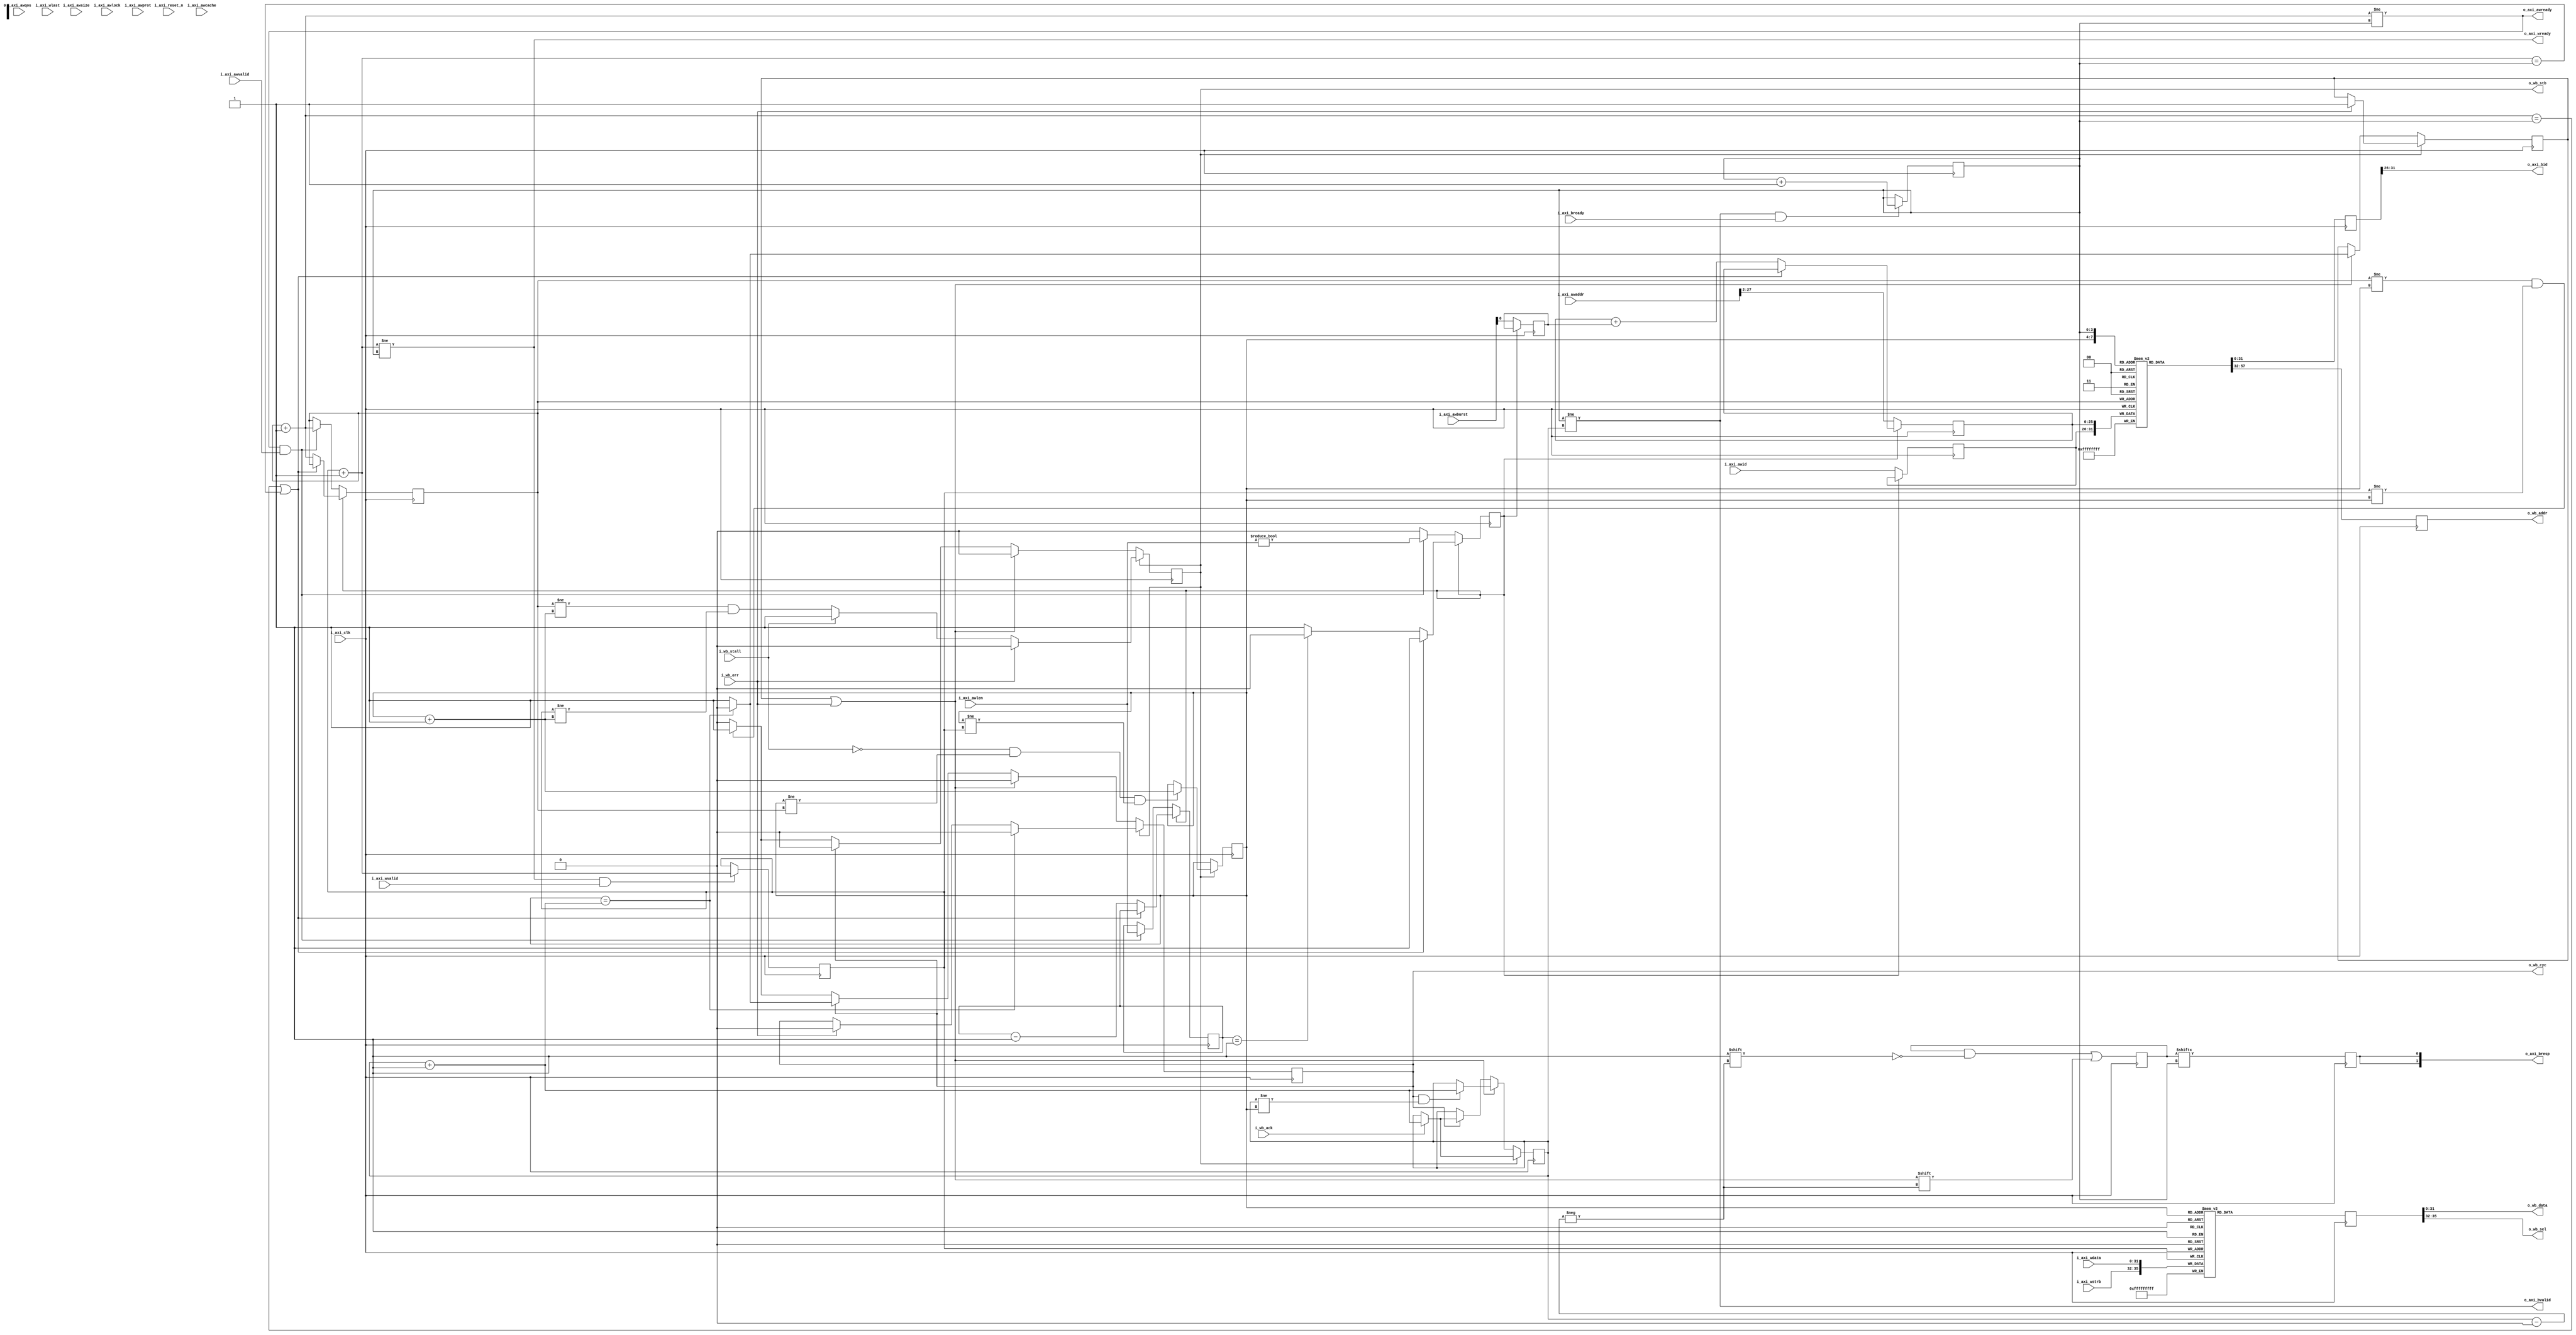
//`error This full featured AXI to WB converter does not (yet) work
////////////////////////////////////////////////////////////////////////////////
//
//
// Project:	Pipelined Wishbone to AXI converter
//
// Purpose:	Convert the three AXI4 write channels to a single wishbone
//		channel to write the results.
//
//	Still need to implement the lock feature.
//
	// We're going to need to keep track of transaction bursts in progress,
	// since the wishbone doesn't.  For this, we'll use a FIFO, but with
	// multiple pointers:
	//
	//	fifo_ahead	- pointer to where to write the next incoming
	//				bus request .. adjusted when
	//				(o_axi_awready)&&(i_axi_awvalid)
	//	fifo_neck	- pointer to where to read from the FIFO in
	//				order to issue another request.  Used
	//				when (o_wb_stb)&&(!i_wb_stall)
	//	fifo_torso	- pointer to where to write a wishbone
	//				transaction upon return.
	//				when (i_ack)
	//	fifo_tail	- pointer to where the last transaction is to
	//				be retired when
	//					(i_axi_rvalid)&&(i_axi_rready)
	//
	// All of these are to be set to zero upon a reset signal.
	//
//
// Creator:	Dan Gisselquist, Ph.D.
//		Gisselquist Technology, LLC
//
////////////////////////////////////////////////////////////////////////////////
//
// Copyright (C) 2015-2019, Gisselquist Technology, LLC
//
// This file is part of the pipelined Wishbone to AXI converter project, a
// project that contains multiple bus bridging designs and formal bus property
// sets.
//
// The bus bridge designs and property sets are free RTL designs: you can
// redistribute them and/or modify any of them under the terms of the GNU
// Lesser General Public License as published by the Free Software Foundation,
// either version 3 of the License, or (at your option) any later version.
//
// The bus bridge designs and property sets are distributed in the hope that
// they will be useful, but WITHOUT ANY WARRANTY; without even the implied
// warranty of MERCHANTIBILITY or FITNESS FOR A PARTICULAR PURPOSE.  See the
// GNU Lesser General Public License for more details.
//
// You should have received a copy of the GNU Lesser General Public License
// along with these designs.  (It's in the $(ROOT)/doc directory.  Run make
// with no target there if the PDF file isn't present.)  If not, see
// <http://www.gnu.org/licenses/> for a copy.
//
// License:	LGPL, v3, as defined and found on www.gnu.org,
//		http://www.gnu.org/licenses/lgpl.html
//
////////////////////////////////////////////////////////////////////////////////
//
//
`default_nettype	none
//
//
module aximwr2wbsp #(
	parameter C_AXI_ID_WIDTH	= 6, // The AXI id width used for R&W
                                             // This is an int between 1-16
	parameter C_AXI_DATA_WIDTH	= 32,// Width of the AXI R&W data
	parameter C_AXI_ADDR_WIDTH	= 28,	// AXI Address width
	parameter AW			= 26,
	parameter LGFIFO                =  4
	) (
	input	wire			i_axi_clk,	// System clock
	input	wire			i_axi_reset_n,

// AXI write address channel signals
	output	wire			o_axi_awready, // Slave is ready to accept
	input	wire	[C_AXI_ID_WIDTH-1:0]	i_axi_awid,	// Write ID
	input	wire	[C_AXI_ADDR_WIDTH-1:0]	i_axi_awaddr,	// Write address
	input	wire	[7:0]		i_axi_awlen,	// Write Burst Length
	input	wire	[2:0]		i_axi_awsize,	// Write Burst size
	input	wire	[1:0]		i_axi_awburst,	// Write Burst type
	input	wire	[0:0]		i_axi_awlock,	// Write lock type
	input	wire	[3:0]		i_axi_awcache,	// Write Cache type
	input	wire	[2:0]		i_axi_awprot,	// Write Protection type
	input	wire	[3:0]		i_axi_awqos,	// Write Quality of Svc
	input	wire			i_axi_awvalid,	// Write address valid
  
// AXI write data channel signals
	output	wire			o_axi_wready,  // Write data ready
	input	wire	[C_AXI_DATA_WIDTH-1:0]	i_axi_wdata,	// Write data
	input	wire	[C_AXI_DATA_WIDTH/8-1:0] i_axi_wstrb,	// Write strobes
	input	wire			i_axi_wlast,	// Last write transaction   
	input	wire			i_axi_wvalid,	// Write valid
  
// AXI write response channel signals
	output	wire [C_AXI_ID_WIDTH-1:0] o_axi_bid,	// Response ID
	output	wire [1:0]		o_axi_bresp,	// Write response
	output	wire			o_axi_bvalid,  // Write reponse valid
	input	wire			i_axi_bready,  // Response ready
  
	// We'll share the clock and the reset
	output	reg			o_wb_cyc,
	output	reg			o_wb_stb,
	output	wire [(AW-1):0]		o_wb_addr,
	output	wire [(C_AXI_DATA_WIDTH-1):0]	o_wb_data,
	output	wire [(C_AXI_DATA_WIDTH/8-1):0]	o_wb_sel,
	input	wire			i_wb_ack,
	input	wire			i_wb_stall,
	// input	[(C_AXI_DATA_WIDTH-1):0]	i_wb_data,
	input	wire			i_wb_err
`ifdef	FORMAL
	,
	output	wire	[LGFIFO-1:0]	f_fifo_ahead,
	output	wire	[LGFIFO-1:0]	f_fifo_dhead,
	output	wire	[LGFIFO-1:0]	f_fifo_neck,
	output	wire	[LGFIFO-1:0]	f_fifo_torso,
	output	wire	[LGFIFO-1:0]	f_fifo_tail
`endif
);

	localparam	DW = C_AXI_DATA_WIDTH;

	wire	w_reset = 1'b0;
	//assign  i_axi_reset_n = 1'b0;
	//assign	w_reset = 1'b0;

	//
	//
	//
	reg	[LGFIFO-1:0]	fifo_ahead, fifo_dhead, fifo_neck, fifo_torso,
				fifo_tail;
	wire	[LGFIFO-1:0]	next_ahead, next_dhead, next_neck, next_torso,
				next_tail;
	assign	next_ahead = fifo_ahead + 1;
	assign	next_dhead = fifo_dhead + 1;
	assign	next_neck  = fifo_neck  + 1;
	assign	next_torso = fifo_torso + 1;
	assign	next_tail  = fifo_tail  + 1;

	reg	[(C_AXI_ID_WIDTH+AW)-1:0]	afifo	[0:((1<<(LGFIFO))-1)];
	reg	[(DW + DW/8)-1:0]		dfifo	[0:((1<<(LGFIFO))-1)];
	reg	[((1<<(LGFIFO))-1):0]		efifo;

	reg	[(C_AXI_ID_WIDTH+AW)-1:0]	afifo_at_neck, afifo_at_tail;
	reg	[(DW + DW/8)-1:0]		dfifo_at_neck;
	reg					efifo_at_tail;

	reg	filling_fifo, incr;
	reg	[7:0]	len;
	reg	[(AW-1):0]	wr_fifo_addr;
	reg	[(C_AXI_ID_WIDTH-1):0]	wr_fifo_id;

	wire	axi_aw_req, axi_wr_req, axi_wr_ack;
	assign	axi_aw_req = (o_axi_awready)&&(i_axi_awvalid);
	assign	axi_wr_req = (o_axi_wready)&&(i_axi_wvalid);
	assign	axi_wr_ack = (o_axi_bvalid)&&(i_axi_bready);

	wire	fifo_full;
	assign	fifo_full = (next_ahead == fifo_tail)||(next_dhead ==fifo_tail);

	initial	fifo_ahead = 0;
	initial	fifo_dhead = 0;
	always @(posedge i_axi_clk)
	begin
		if (filling_fifo)
		begin
			if (!fifo_full)
			begin
				len <= len - 1;
				if (len == 1)
					filling_fifo <= 1'b0;
				fifo_ahead <= next_ahead;
				wr_fifo_addr <= wr_fifo_addr
					+ {{(AW-1){1'b0}},incr};
			end
		end else begin
			wr_fifo_addr <= i_axi_awaddr[(C_AXI_ADDR_WIDTH-1):(C_AXI_ADDR_WIDTH-AW)];
			wr_fifo_id   <= i_axi_awid;
			incr         <= i_axi_awburst[0];
			if (axi_aw_req)
			begin
				fifo_ahead <= next_ahead;
				len <= i_axi_awlen;
				filling_fifo <= (i_axi_awlen != 0);
			end
		end

		if (w_reset)
		begin
			fifo_ahead <= 0;
			len <= 0;
			filling_fifo <= 0;
		end
	end

	always @(posedge i_axi_clk)
		afifo[fifo_ahead] <= { wr_fifo_id, wr_fifo_addr };

	initial	fifo_dhead = 0;
	always @(posedge i_axi_clk)
		if (w_reset)
			fifo_dhead <= 0;
		else if (axi_wr_req)
			fifo_dhead <= next_dhead;

	always @(posedge i_axi_clk)
		dfifo[fifo_dhead] <= { i_axi_wstrb, i_axi_wdata };


	reg	err_state;

	initial	o_wb_cyc   = 0;
	initial o_wb_stb   = 0;
	initial fifo_neck  = 0;
	initial fifo_torso = 0;
	initial err_state  = 0;
	always @(posedge i_axi_clk)
	begin
		if (w_reset)
		begin
			o_wb_cyc <= 0;
			o_wb_stb <= 0;

			fifo_neck <= 0;
			fifo_torso <= 0;

			err_state <= 0;
		end else if (o_wb_stb)
		begin
			if (i_wb_err)
			begin
				o_wb_cyc <= 1'b0;
				o_wb_stb <= 1'b0;
				err_state <= 1'b1;
			end else if (!i_wb_stall)
				o_wb_stb <= (fifo_ahead != next_neck)
					&&(fifo_dhead != next_neck);

			if ((!i_wb_stall)&&(fifo_neck != fifo_ahead)&&(fifo_neck != fifo_dhead))
				fifo_neck <= next_neck;

			if (i_wb_ack)
				fifo_torso <= next_torso;

			if (fifo_neck == next_torso)
				o_wb_cyc <= 1'b0;
		end else if ((err_state)||(i_wb_err))
		begin
			o_wb_cyc <= 1'b0;
			o_wb_stb <= 1'b0;
			err_state <= (err_state)||(i_wb_err);
			if ((o_wb_cyc)&&(fifo_torso != fifo_neck))
				fifo_torso <= next_torso;
			if (fifo_neck == next_torso)
				err_state <= 1'b0;
		end else if (o_wb_cyc)
		begin
			if (i_wb_ack)
				fifo_torso <= next_torso;
			if (fifo_neck == next_torso)
				o_wb_cyc <= 1'b0;
		end else if((fifo_ahead!= fifo_neck)
				&&(fifo_dhead != fifo_neck))
		begin
			o_wb_cyc <= 1;
			o_wb_stb <= 1;
		end
	end

	initial	efifo = 0;
	always @(posedge i_axi_clk)
		if(w_reset)
			efifo <= 0;
		else
			efifo[fifo_torso] <= (i_wb_err)||(err_state);

	always @(posedge i_axi_clk)
		afifo_at_neck <= afifo[fifo_neck];
	assign	o_wb_addr = afifo_at_neck[(AW-1):0];

	always @(posedge i_axi_clk)
		dfifo_at_neck <= dfifo[fifo_neck];
	assign	o_wb_data = dfifo_at_neck[DW-1:0];
	assign	o_wb_sel  = dfifo_at_neck[(DW+(DW/8))-1:DW];

	initial	fifo_tail = 0;
	always @(posedge i_axi_clk)
		if (w_reset)
			fifo_tail <= 0;
		else if (axi_wr_ack)
			fifo_tail <= next_tail;

	always @(posedge i_axi_clk)
		afifo_at_tail <= afifo[fifo_tail];
	always @(posedge i_axi_clk)
		efifo_at_tail <= efifo[fifo_tail];

	assign	o_axi_bid   = afifo_at_tail[(C_AXI_ID_WIDTH+AW)-1:AW];
	assign	o_axi_bresp = {(2){efifo_at_tail}};

	assign	o_axi_bvalid  = (fifo_tail  != fifo_torso);
	assign	o_axi_awready = (next_ahead != fifo_tail);
	assign	o_axi_wready  = (next_dhead != fifo_tail);

	// Make Verilator happy
	// verilator lint_on  UNUSED
	wire	[(C_AXI_ID_WIDTH+AW+C_AXI_ADDR_WIDTH-AW)
		+(1)+1+3+1+4+3+4-1:0]	unused;
	assign	unused = { i_axi_awburst[1], i_axi_awsize,
			i_axi_awlock, i_axi_awcache, i_axi_awprot,
			i_axi_awqos, i_axi_wlast,
			afifo_at_neck[(C_AXI_ID_WIDTH+AW-1):AW],
			afifo_at_tail[(AW-1):0],
			i_axi_awaddr[(C_AXI_ADDR_WIDTH-AW)-1:0] };
	// verilator lint_off UNUSED

`ifdef	FORMAL
	always @(*)
		assume(!i_axi_awburst[1]);

	reg	f_past_valid;
	initial	f_past_valid = 1'b0;
	always @(posedge i_axi_clk)
		f_past_valid <= 1'b1;

	wire	[LGFIFO-1:0]	f_afifo_used, f_dfifo_used,
				f_fifo_neck_used, f_fifo_torso_used;

	assign	f_afifo_used      = fifo_ahead - fifo_tail;
	assign	f_dfifo_used      = fifo_dhead - fifo_tail;
	assign	f_fifo_neck_used  = fifo_dhead - fifo_neck;
	assign	f_fifo_torso_used = fifo_dhead - fifo_torso;

	always @(*)
		assert((f_afifo_used < {(LGFIFO){1'b1}})||(!o_axi_awready));
	always @(*)
		assert((f_dfifo_used < {(LGFIFO){1'b1}})||(!o_axi_wready));
	always @(*)
		assert(f_fifo_neck_used  <= f_dfifo_used);
	always @(*)
		assert(f_fifo_torso_used <= f_dfifo_used);
	always @(*)
		assert((!o_wb_stb)||
			((fifo_neck != fifo_ahead)
				&&(fifo_neck != fifo_dhead)));

	assign	f_fifo_ahead = fifo_ahead;
	assign	f_fifo_dhead = fifo_dhead;
	assign	f_fifo_neck  = fifo_neck;
	assign	f_fifo_torso = fifo_torso;
	assign	f_fifo_tail  = fifo_tail;

	always @(*)
		if (i_axi_awvalid)
			assert(!i_axi_awburst[1]);
`endif
endmodule